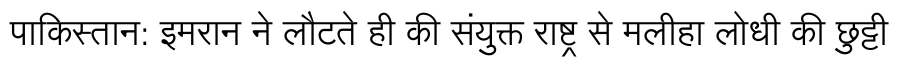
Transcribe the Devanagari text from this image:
पाकिस्तान: इमरान ने लौटते ही की संयुक्त राष्ट्र से मलीहा लोधी की छुट्टी